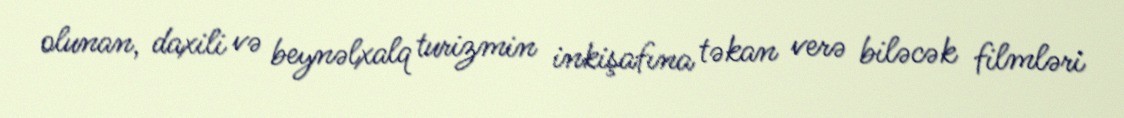
olunan, daxili və beynəlxalq turizmin inkişafına təkan verə biləcək filmləri